Plague in India, 1896, 1897 - Volume 4
Year: 1896
Disease focus: Plague
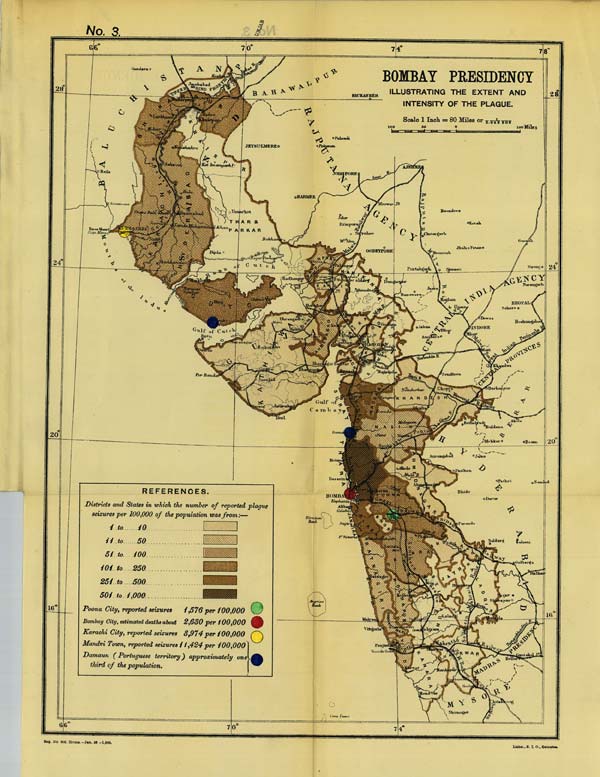
No. 3.
Reg. No 609, Home.-Jan. 98 - 1,000.
Litho., S. I. O., Calcutta.